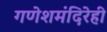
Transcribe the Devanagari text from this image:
गणेशमंदिरेही